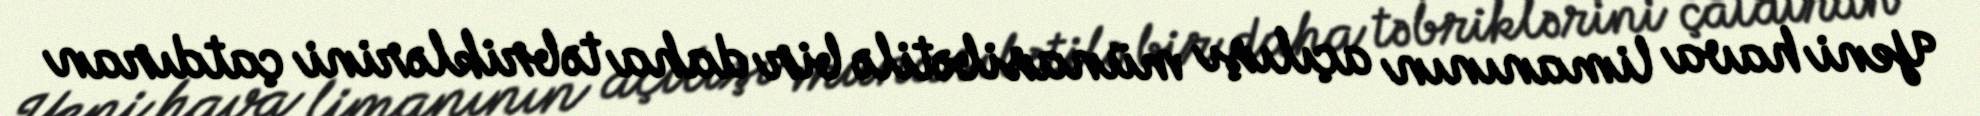
Yeni hava limanının açılışı münasibətilə bir daha təbriklərini çatdıran